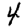
Digit: 4